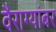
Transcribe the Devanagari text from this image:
वैराग्यांबर